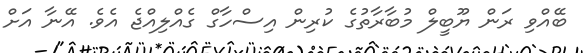
ބޭއްވި ރަން ޔޫބީލް މުބާރާތުގެ ކުރިން އިސްހާގް ގެއްލިއްޖެ އެވެ. އޭނާ އަށް